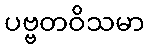
ပဗ္ဗတဝိသမာ